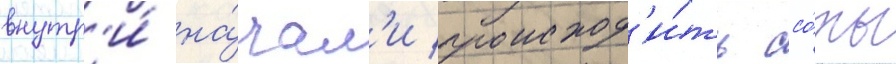
внутр'и́ на́чал'и происход'и́ть ссо́ры